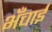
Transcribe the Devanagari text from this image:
भँचाई